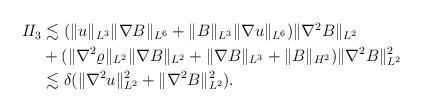
LaTeX: \begin{align*}\begin{aligned}I\!I_3&\lesssim (\| u\|_{L^3}\|\nabla B\|_{L^6}+\|B\|_{L^3}\|\nabla u\|_{L^6})\|\nabla^2 B\|_{L^2}\\& +(\|\nabla^2 \varrho\|_{L^2}\|\nabla B\|_{L^2}+\|\nabla B\|_{L^3}+\|B\|_{H^2}) \|\nabla^2 B\|_{L^2}^2\\&\lesssim \delta (\|\nabla^2 u\|_{L^2}^2+\|\nabla^2 B\|_{L^2}^2).\end{aligned}\end{align*}